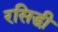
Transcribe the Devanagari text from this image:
रसिद्धी